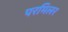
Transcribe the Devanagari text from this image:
परमिलर